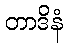
တာဒိနံ